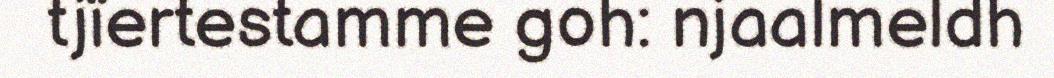
tjïertestamme goh: njaalmeldh